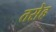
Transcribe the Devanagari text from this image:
तसेह